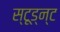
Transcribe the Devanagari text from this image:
स्टूड्न्ट